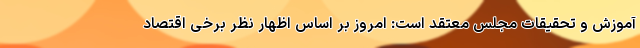
آموزش و تحقیقات مجلس معتقد است: امروز بر اساس اظهار نظر برخی اقتصاد